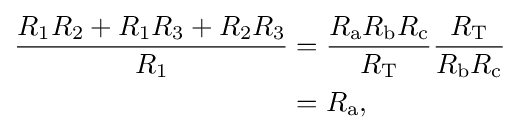
{\begin{aligned}{\frac {R_{1}R_{2}+R_{1}R_{3}+R_{2}R_{3}}{R_{1}}}&={}{\frac {R_{\text{a}}R_{\text{b}}R_{\text{c}}}{R_{\text{T}}}}{\frac {R_{\text{T}}}{R_{\text{b}}R_{\text{c}}}}\\&={}R_{\text{a}},\end{aligned}}